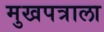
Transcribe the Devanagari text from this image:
मुखपत्राला